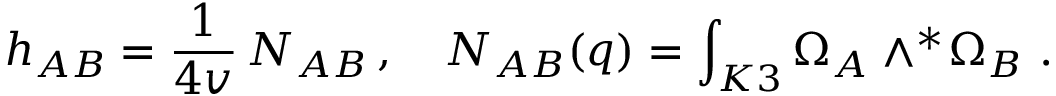
h _ { A B } = \frac { 1 } { 4 v } \, N _ { A B } \, , \quad N _ { A B } ( q ) = \int _ { K 3 } \Omega _ { A } \wedge ^ { * } \! \Omega _ { B } \ .